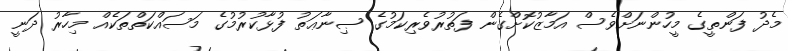
މެދު ފަންތީގެ މީހުންނަށްވެސް އަމާޒުކޮށްގެން ފަތުރުވެރިކަމުގެ ޞިނާޢަތު ފުޅާކުރުމުގެ މަސައްކަތްތަކެއް މިހާރު ދަނީ